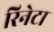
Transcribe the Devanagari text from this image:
रिनेटा